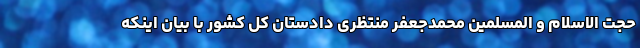
حجت الاسلام و المسلمین محمدجعفر منتظری دادستان کل کشور با بیان اینکه